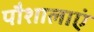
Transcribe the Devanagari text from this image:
पौशालाएं